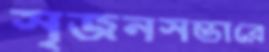
সৃজনসম্ভারে